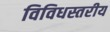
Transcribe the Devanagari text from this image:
विविधस्तरीय